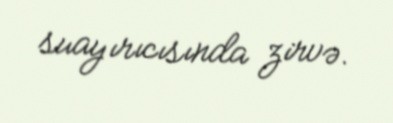
suayırıcısında zirvə.